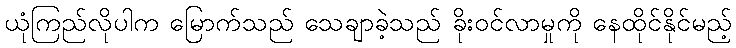
ယုံကြည်လိုပါက မြောက်သည် သေချာခဲ့သည် ခိုးဝင်လာမှုကို နေထိုင်နိုင်မည့်